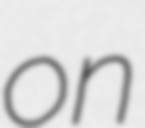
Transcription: on